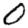
Digit: 0